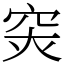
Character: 𥥍